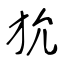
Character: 狁